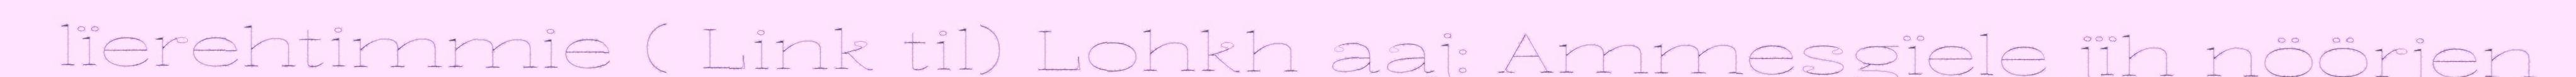
lïerehtimmie ( Link til) Lohkh aaj: Ammesgïele jïh nöörjen